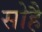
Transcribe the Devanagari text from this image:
सोहै